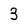
Character: 3